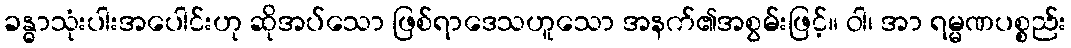
ခန္ဓာသုံးပါးအပေါင်းဟု ဆိုအပ်သော ဖြစ်ရာဒေသဟူသော အနက်၏အစွမ်းဖြင့်။ ဝါ၊ အာ ရမ္မဏပစ္စည်း